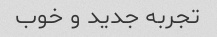
تجربه جدید و خوب